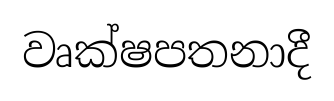
වෘක්ෂපතනාදී